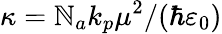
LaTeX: \kappa=\mathbb{N}_{a}k_{p}\mu^{2}/(\hbar\varepsilon_{0})